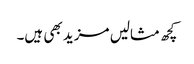
کچھ مثالیں مزید بھی ہیں۔